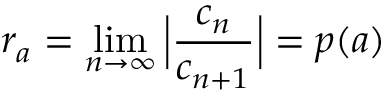
r _ { a } = \operatorname* { l i m } _ { n \rightarrow \infty } \Big | \frac { c _ { n } } { c _ { n + 1 } } \Big | = p ( a )